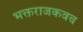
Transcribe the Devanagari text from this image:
भक्तराजकवच